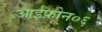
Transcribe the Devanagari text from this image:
आईफ़ोन०६